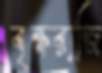
বৃক্ষরাজি